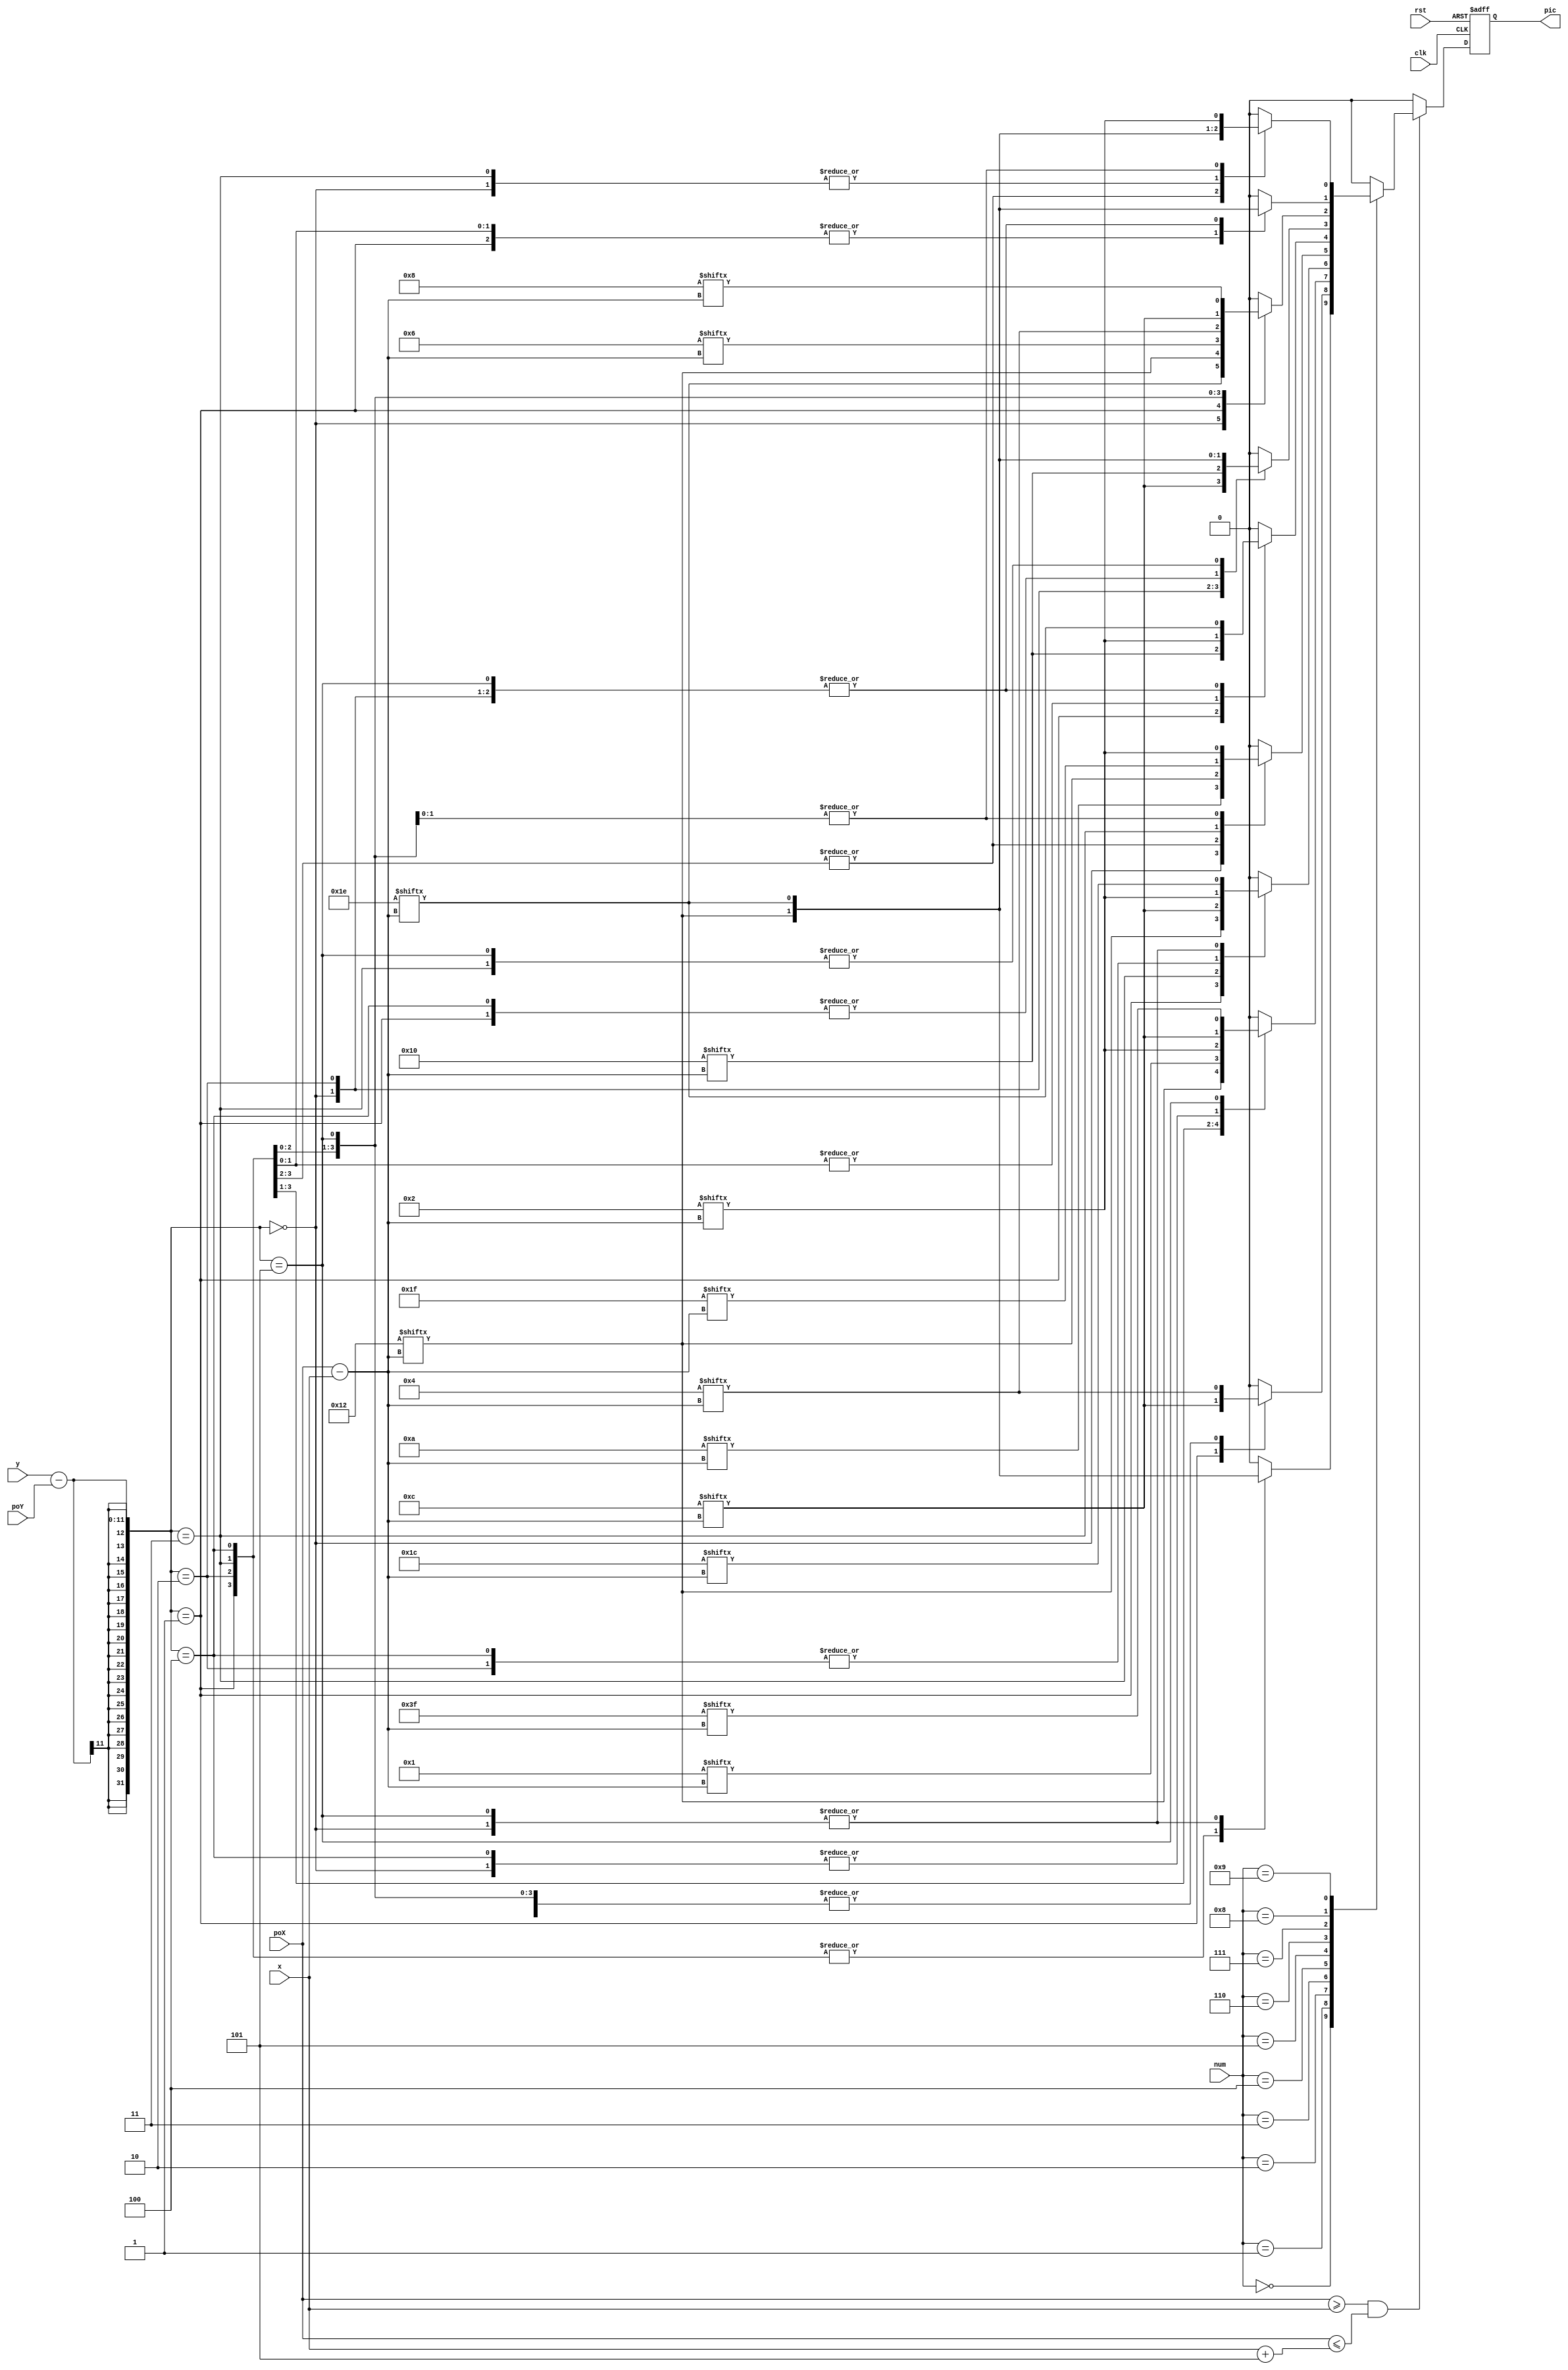
module number(
	input clk,
	input rst,
	input [3:0] num,
	input [10:0] x,
	input [10:0] y,
	input [10:0] poX,
	input [10:0] poY,
	output reg pic
    );

wire [5:0] n00,n01,n02,n03,n04,n05;
wire [5:0] n10,n11,n12,n13,n14,n15;
wire [5:0] n20,n21,n22,n23,n24,n25;
wire [5:0] n30,n31,n32,n33,n34,n35;
wire [5:0] n40,n41,n42,n43,n44,n45;
wire [5:0] n50,n51,n52,n53,n54,n55;
wire [5:0] n60,n61,n62,n63,n64,n65;
wire [5:0] n70,n71,n72,n73,n74,n75;
wire [5:0] n80,n81,n82,n83,n84,n85;
wire [5:0] n90,n91,n92,n93,n94,n95;

//0
assign n00 = 30;
assign n01 = 18;
assign n02 = 18;
assign n03 = 18;
assign n04 = 18;
assign n05 = 30;
//1
assign n10 = 4;
assign n11 = 12;
assign n12 = 4;
assign n13 = 4;
assign n14 = 4;
assign n15 = 4;
//2
assign n20 = 12;
assign n21 = 18;
assign n22 = 1;
assign n23 = 2;
assign n24 = 12;
assign n25 = 63;
//3
assign n30 = 28;
assign n31 = 18;
assign n32 = 2;
assign n33 = 12;
assign n34 = 2;
assign n35 = 28;
//4
assign n40 = 10;
assign n41 = 18;
assign n42 = 18;
assign n43 = 31;
assign n44 = 2;
assign n45 = 2;
//5
assign n50 = 30;
assign n51 = 16;
assign n52 = 30;
assign n53 = 2;
assign n54 = 2;
assign n55 = 30;
//6
assign n60 = 12;
assign n61 = 18;
assign n62 = 16;
assign n63 = 30;
assign n64 = 18;
assign n65 = 30;
//7
assign n70 = 30;
assign n71 = 18;
assign n72 = 6;
assign n73 = 4;
assign n74 = 12;
assign n75 = 8;
//8
assign n80 = 30;
assign n81 = 18;
assign n82 = 30;
assign n83 = 18;
assign n84 = 18;
assign n85 = 30;
//9
assign n90 = 30;
assign n91 = 18;
assign n92 = 18;
assign n93 = 30;
assign n94 = 2;
assign n95 = 2;

// pic
always@(posedge clk, posedge rst)
begin
	if(rst) pic <= 0;
	else begin
		if(poX>=x && poX<=x+5) begin
			case(num)
			0: begin
				case(y-poY)
				0:pic <= n00[poX-x];
				1:pic <= n01[poX-x];
				2:pic <= n02[poX-x];
				3:pic <= n03[poX-x];
				4:pic <= n04[poX-x];
				5:pic <= n05[poX-x];
				default:pic<=0;
				endcase
			end
			1: begin
				case(y-poY)
				0:pic <= n10[poX-x];
				1:pic <= n11[poX-x];
				2:pic <= n12[poX-x];
				3:pic <= n13[poX-x];
				4:pic <= n14[poX-x];
				5:pic <= n15[poX-x];
				default:pic<=0;
				endcase
			end
			2: begin
				case(y-poY)
				0:pic <= n20[poX-x];
				1:pic <= n21[poX-x];
				2:pic <= n22[poX-x];
				3:pic <= n23[poX-x];
				4:pic <= n24[poX-x];
				5:pic <= n25[poX-x];
				default:pic<=0;
				endcase
			end
			3: begin
				case(y-poY)
				0:pic <= n30[poX-x];
				1:pic <= n31[poX-x];
				2:pic <= n32[poX-x];
				3:pic <= n33[poX-x];
				4:pic <= n34[poX-x];
				5:pic <= n35[poX-x];
				default:pic<=0;
				endcase
			end
			4: begin
				case(y-poY)
				0:pic <= n40[poX-x];
				1:pic <= n41[poX-x];
				2:pic <= n42[poX-x];
				3:pic <= n43[poX-x];
				4:pic <= n44[poX-x];
				5:pic <= n45[poX-x];
				default:pic<=0;
				endcase
			end
			5: begin
				case(y-poY)
				0:pic <= n50[poX-x];
				1:pic <= n51[poX-x];
				2:pic <= n52[poX-x];
				3:pic <= n53[poX-x];
				4:pic <= n54[poX-x];
				5:pic <= n55[poX-x];
				default:pic<=0;
				endcase
			end
			6: begin
				case(y-poY)
				0:pic <= n60[poX-x];
				1:pic <= n61[poX-x];
				2:pic <= n62[poX-x];
				3:pic <= n63[poX-x];
				4:pic <= n64[poX-x];
				5:pic <= n65[poX-x];
				default:pic<=0;
				endcase
			end
			7: begin
				case(y-poY)
				0:pic <= n70[poX-x];
				1:pic <= n71[poX-x];
				2:pic <= n72[poX-x];
				3:pic <= n73[poX-x];
				4:pic <= n74[poX-x];
				5:pic <= n75[poX-x];
				default:pic<=0;
				endcase
			end
			8: begin
				case(y-poY)
				0:pic <= n80[poX-x];
				1:pic <= n81[poX-x];
				2:pic <= n82[poX-x];
				3:pic <= n83[poX-x];
				4:pic <= n84[poX-x];
				5:pic <= n85[poX-x];
				default:pic<=0;
				endcase
			end
			9: begin
				case(y-poY)
				0:pic <= n90[poX-x];
				1:pic <= n91[poX-x];
				2:pic <= n92[poX-x];
				3:pic <= n93[poX-x];
				4:pic <= n94[poX-x];
				5:pic <= n95[poX-x];
				default:pic<=0;
				endcase
			end
			default: pic <= 0;
			endcase
		end else pic<=0;
	end
end

endmodule